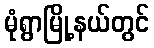
မုံရွာမြို့နယ်တွင်